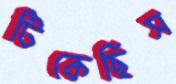
টিকেছিস